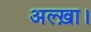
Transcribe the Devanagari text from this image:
अल्ख़ा।